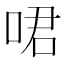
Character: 𠲰